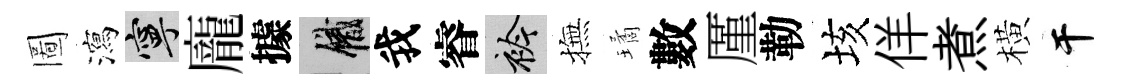
圖瀉寧龐據識我睿衿撫璚數厪勒垓佯煮橫干